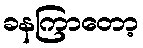
ခနကြာတော့